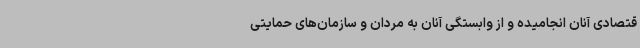
قتصادی آنان انجامیده و از وابستگی آنان به مردان و سازمان‌های حمایتی